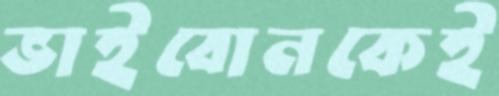
ভাইবোনকেই